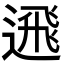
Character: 𨕗